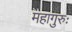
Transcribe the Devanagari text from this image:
महागुरुः